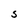
Character: S